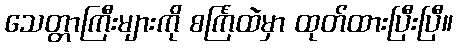
သေတ္တာကြီးများကို စင်္ကြံထဲမှာ ထုတ်ထားပြီးပြီ။